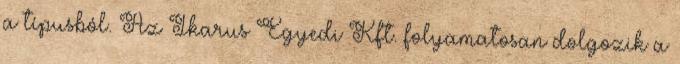
a típusból. Az Ikarus Egyedi Kft. folyamatosan dolgozik a